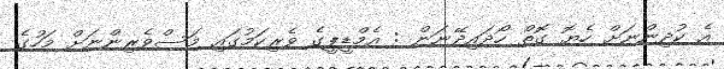
އެ ކުދިންނަށް ހެޔޮ ގޮތް ހޯދައިދޭނަން : އެމްޑީޕީގެ ވެރިކަމުގައި މަސްވެރިންނަށް މަހުގެ